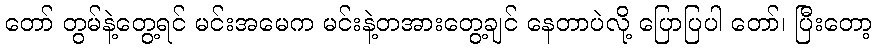
တော် တွမ်နဲ့တွေ့ရင် မင်းအမေက မင်းနဲ့တအားတွေ့ချင် နေတာပဲလို့ ပြောပြပါ တော်၊ ပြီးတော့